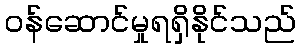
ဝန်ဆောင်မှုရရှိနိုင်သည်